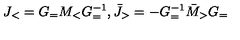
J _ { < } = G _ { = } M _ { < } G _ { = } ^ { - 1 } , \bar { J } _ { > } = - G _ { = } ^ { - 1 } \bar { M } _ { > } G _ { = }